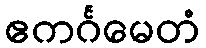
ဧကင်္ဂမေတံ